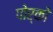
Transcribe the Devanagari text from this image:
पोर्को